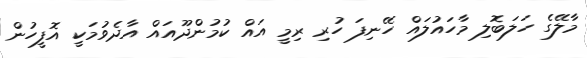
މާލޭގެ ހަލަބޮލި މާހައުލައް ހޭނިފަ ހުރި ރިމީ އައް ކުމުންދޫއައް އާދެވުމަކީ އޮފީހުން